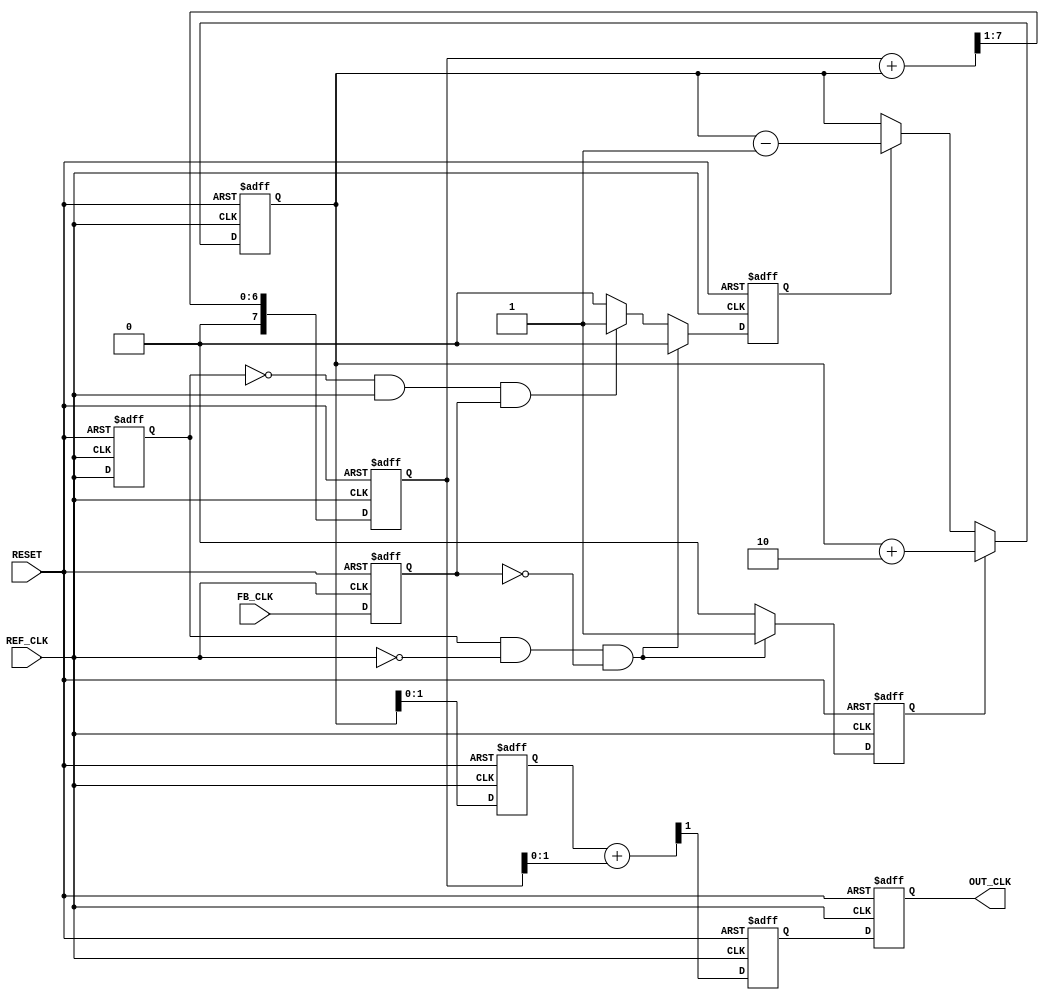
module dual_loop_pll (
    input wire REF_CLK,      // Reference clock input
    input wire FB_CLK,       // Feedback clock input
    input wire RESET,        // Asynchronous reset
    output reg OUT_CLK       // Output clock
);

// PFD signals
reg UP, DOWN;
reg last_ref_clk, last_fb_clk;

// Charge Pump signals
reg [7:0] charge_pump_output; // Control voltage output from charge pump

// Loop Filter signals
reg [7:0] fast_loop_filter;
reg [7:0] slow_loop_filter;

// VCO output
reg vco_output;

// Parameters for loop filters
parameter FAST_LOOP_GAIN = 8'd2;
parameter SLOW_LOOP_GAIN = 8'd1;

// PFD Logic
always @(posedge REF_CLK or posedge RESET) begin
    if (RESET) begin
        UP <= 0;
        DOWN <= 0;
        last_ref_clk <= 0;
        last_fb_clk <= 0;
    end else begin
        last_ref_clk <= REF_CLK;
        last_fb_clk <= FB_CLK;
        if (last_ref_clk && !REF_CLK && !last_fb_clk) begin
            UP <= 1; // REF_CLK leads FB_CLK
            DOWN <= 0;
        end else if (!last_ref_clk && REF_CLK && last_fb_clk) begin
            UP <= 0;
            DOWN <= 1; // FB_CLK leads REF_CLK
        end else begin
            UP <= 0;
            DOWN <= 0;
        end
    end
end

// Charge Pump Logic
always @(posedge REF_CLK or posedge RESET) begin
    if (RESET) begin
        charge_pump_output <= 8'd0;
    end else begin
        if (UP) begin
            charge_pump_output <= charge_pump_output + FAST_LOOP_GAIN;
        end else if (DOWN) begin
            charge_pump_output <= charge_pump_output - SLOW_LOOP_GAIN;
        end
    end
end

// Loop Filter Logic
always @(posedge REF_CLK or posedge RESET) begin
    if (RESET) begin
        fast_loop_filter <= 8'd0;
        slow_loop_filter <= 8'd0;
    end else begin
        fast_loop_filter <= charge_pump_output; // Fast loop filter
        slow_loop_filter <= (slow_loop_filter + charge_pump_output) >> 1; // Simple averaging for slow loop filter
    end
end

// VCO Logic
always @(posedge REF_CLK or posedge RESET) begin
    if (RESET) begin
        vco_output <= 0;
    end else begin
        // Simple VCO model: output frequency based on control voltage
        vco_output <= (fast_loop_filter + slow_loop_filter) >> 1; // Combine filters
    end
end

// Output Clock Generation
always @(posedge REF_CLK or posedge RESET) begin
    if (RESET) begin
        OUT_CLK <= 0;
    end else begin
        OUT_CLK <= vco_output; // Output clock based on VCO output
    end
end

endmodule